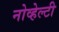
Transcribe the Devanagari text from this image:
नोव्हेल्टी